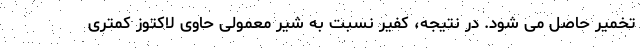
تخمیر حاصل می شود. در نتیجه، کفیر نسبت به شیر معمولی حاوی لاکتوز کمتری